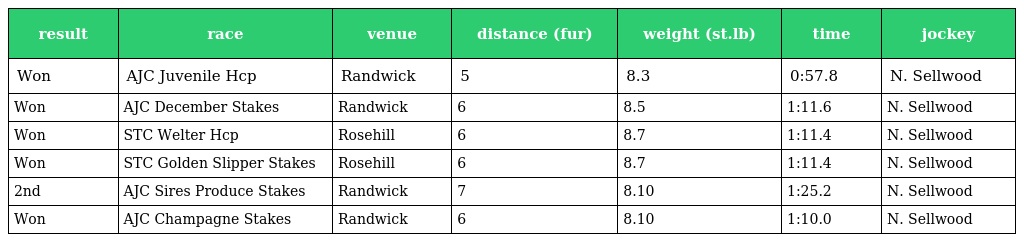
| result | race | venue | distance (fur) | weight (st.lb) | time | jockey |
 | --- | --- | --- | --- | --- | --- | --- |
 | Won | AJC Juvenile Hcp | Randwick | 5 | 8.3 | 0:57.8 | N. Sellwood |
 | Won | AJC December Stakes | Randwick | 6 | 8.5 | 1:11.6 | N. Sellwood |
 | Won | STC Welter Hcp | Rosehill | 6 | 8.7 | 1:11.4 | N. Sellwood |
 | Won | STC Golden Slipper Stakes | Rosehill | 6 | 8.7 | 1:11.4 | N. Sellwood |
 | 2nd | AJC Sires Produce Stakes | Randwick | 7 | 8.10 | 1:25.2 | N. Sellwood |
 | Won | AJC Champagne Stakes | Randwick | 6 | 8.10 | 1:10.0 | N. Sellwood |